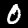
Label: 0